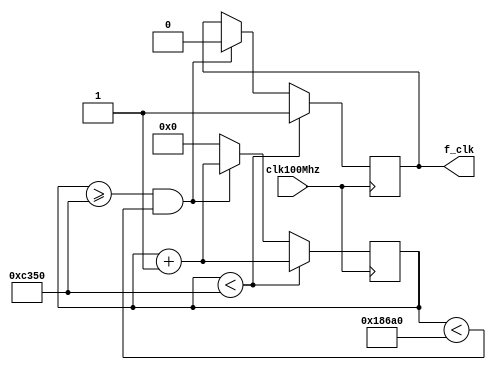
//FINAL VER
module clk1kHz(clk100Mhz, f_clk);
	input clk100Mhz; //fast clock
	output reg f_clk; //slow clock

	reg[17:0] counter;

	initial begin
		counter = 0;
	end

	always @ (posedge clk100Mhz)
	begin
		counter <= counter + 1; //increment the counter every 10ns (1/100 Mhz) cycle.
		if(counter < 50000) begin
			f_clk <= 1'b1;
		end
		else if (counter >= 50000 && counter < 100000) begin
			f_clk <= 1'b0;
		end
		else begin
			counter <= 0;
		end
	end

endmodule